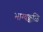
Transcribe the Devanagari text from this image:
भाग्यक्कळि